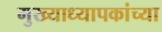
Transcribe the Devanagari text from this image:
मुख्याध्यापकांच्या